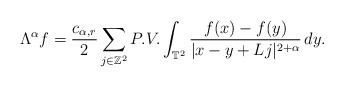
LaTeX: \begin{align*}\Lambda^\alpha f= \frac{c_{\alpha,r}}{2}\sum_{j\in \mathbb Z^2} P.V. \int_{\mathbb T^2}\frac{f(x)-f(y)}{|x-y+Lj|^{2+\alpha}}\, dy. \end{align*}